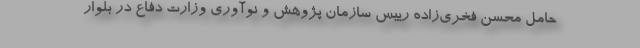
حامل محسن فخری‌زاده رییس سازمان پژوهش و نوآوری وزارت دفاع در بلوار